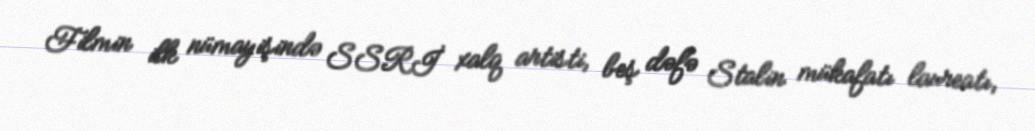
Filmin ilk nümayişində SSRİ xalq artisti, beş dəfə Stalin mükafatı laureatı,